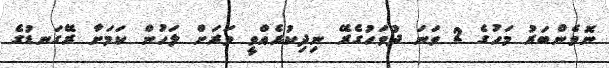
ނޮވެންބަރު މަހުގެ 2 ވަނަ ދުވަހުގެރޭ ނިދިކުރެއްވީ ވަރަށް ލަހުން ކަމަށާ ރޭގަނޑުގެ